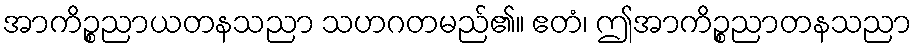
အာကိဉ္စညာယတနသညာ သဟဂတမည်၏။ ဧတံ၊ ဤအာကိဉ္စညာတနသညာ